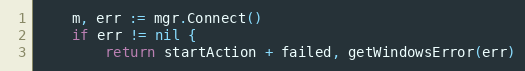
Language: Go
	m, err := mgr.Connect()
	if err != nil {
		return startAction + failed, getWindowsError(err)